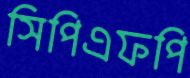
সিপিএফপি